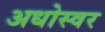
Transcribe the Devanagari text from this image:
अधोस्वर